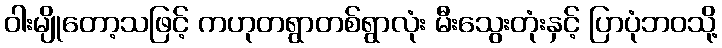
ဝါးမျိုတော့သဖြင့် ကဟုတရွာတစ်ရွာလုံး မီးသွေးတုံးနှင့် ပြာပုံဘဝသို့